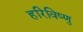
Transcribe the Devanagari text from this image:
हरिविष्णु